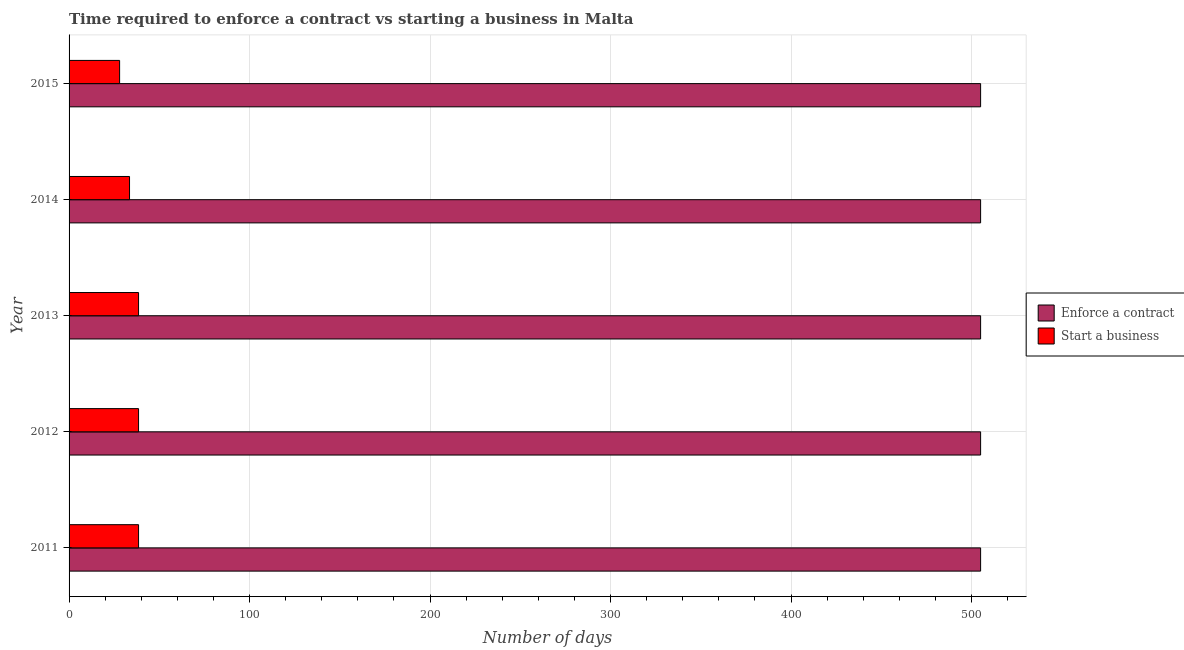
| Year | Enforce a contract | Start a business |
 | --- | --- | --- |
 | 2011 | 505 | 38.5 |
 | 2012 | 505 | 38.5 |
 | 2013 | 505 | 38.5 |
 | 2014 | 505 | 33.5 |
 | 2015 | 505 | 28 |